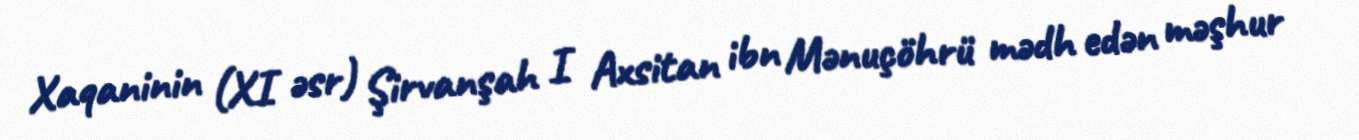
Xaqaninin (XI əsr) Şirvanşah I Axsitan ibn Mənuçöhrü mədh edən məşhur